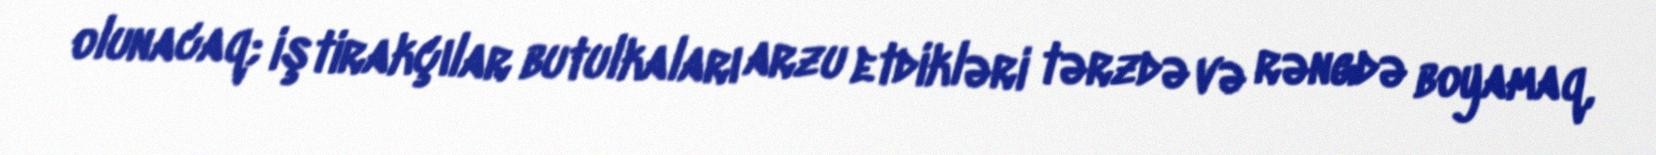
olunacaq; iştirakçılar butulkaları arzu etdikləri tərzdə və rəngdə boyamaq,